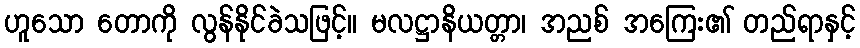
ဟူသော တောကို လွန်နိုင်ခဲသဖြင့်။ မလဋ္ဌာနိယတ္တာ၊ အညစ် အကြေး၏ တည်ရာနှင့်